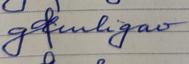
Signature authenticity: forged